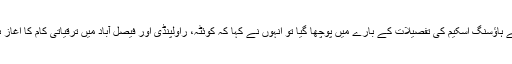
جب ان سے ہاؤسنگ اسکیم کی تفصیلات کے بارے میں پوچھا گیا تو انہوں نے کہا کہ کوئٹہ، راولپنڈی اور فیصل آباد میں ترقیاتی کام کا اغاز ہوچکا ہے۔